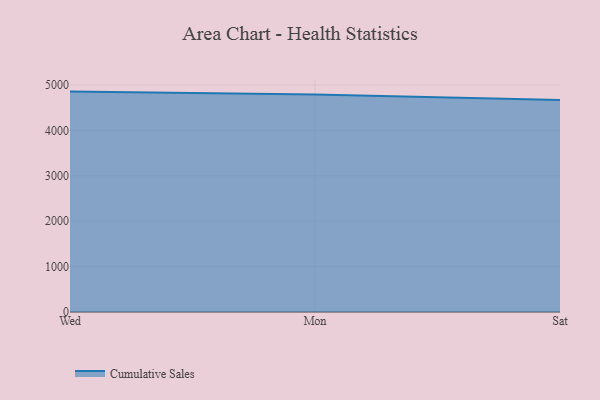
{"axis": {"x": "Day", "y": "Backlog"}, "legend": ["Cumulative Sales"], "data": [{"x": "Wed", "y": 4855.4, "type": "Cumulative Sales"}, {"x": "Mon", "y": 4789.6, "type": "Cumulative Sales"}, {"x": "Sat", "y": 4672.1, "type": "Cumulative Sales"}]}